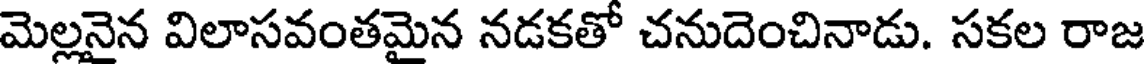
మెల్లనైన విలాసవంతమైన నడకతో చనుదెంచినాడు. సకల రాజ